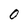
Character: 0